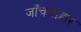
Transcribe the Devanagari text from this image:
जाँचआहार